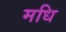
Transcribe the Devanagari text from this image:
मधि